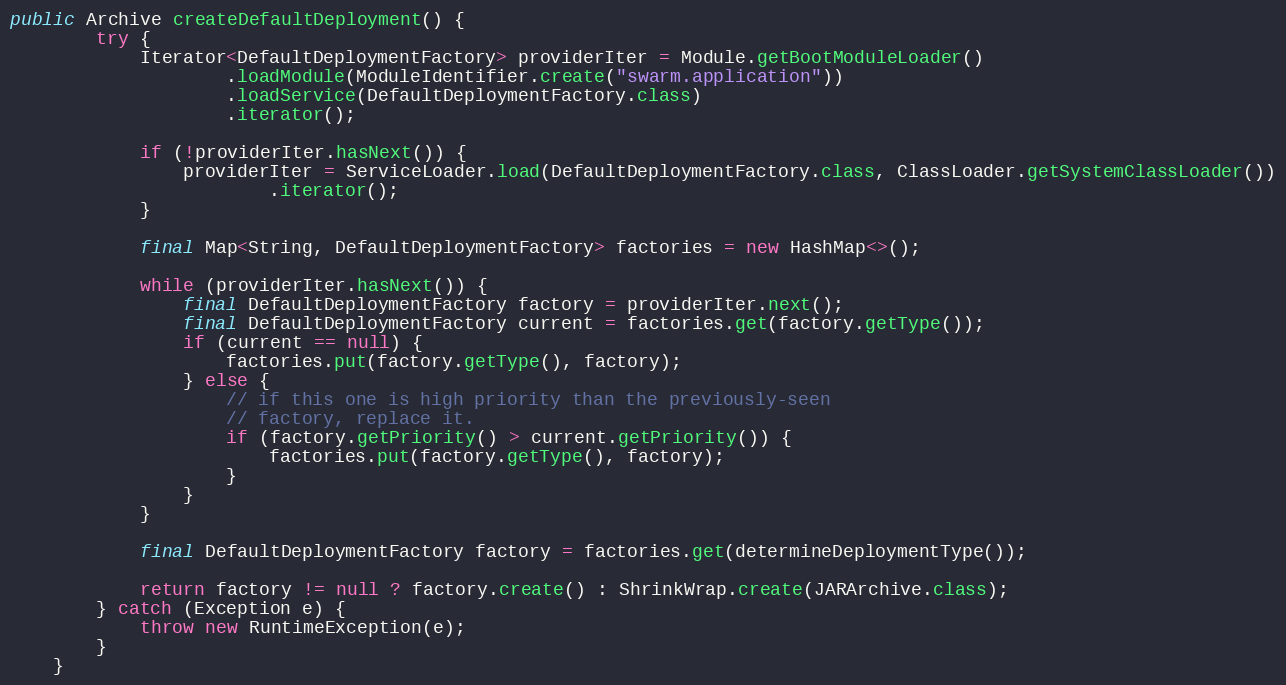
Language: Java
public Archive createDefaultDeployment() {
        try {
            Iterator<DefaultDeploymentFactory> providerIter = Module.getBootModuleLoader()
                    .loadModule(ModuleIdentifier.create("swarm.application"))
                    .loadService(DefaultDeploymentFactory.class)
                    .iterator();

            if (!providerIter.hasNext()) {
                providerIter = ServiceLoader.load(DefaultDeploymentFactory.class, ClassLoader.getSystemClassLoader())
                        .iterator();
            }

            final Map<String, DefaultDeploymentFactory> factories = new HashMap<>();

            while (providerIter.hasNext()) {
                final DefaultDeploymentFactory factory = providerIter.next();
                final DefaultDeploymentFactory current = factories.get(factory.getType());
                if (current == null) {
                    factories.put(factory.getType(), factory);
                } else {
                    // if this one is high priority than the previously-seen
                    // factory, replace it.
                    if (factory.getPriority() > current.getPriority()) {
                        factories.put(factory.getType(), factory);
                    }
                }
            }

            final DefaultDeploymentFactory factory = factories.get(determineDeploymentType());

            return factory != null ? factory.create() : ShrinkWrap.create(JARArchive.class);
        } catch (Exception e) {
            throw new RuntimeException(e);
        }
    }